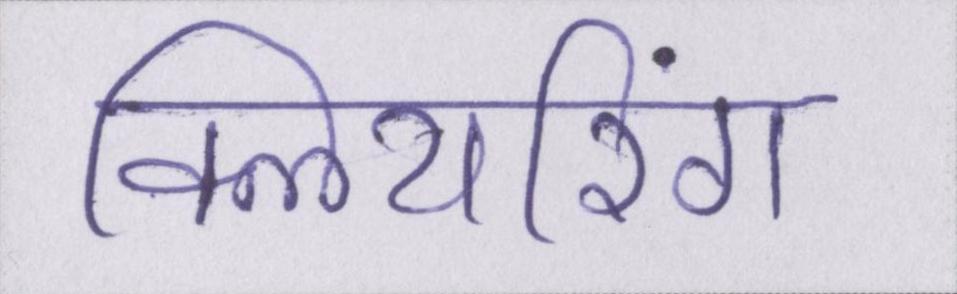
क्लियरिंग